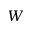
W